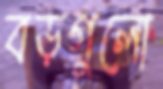
বড়গুলো